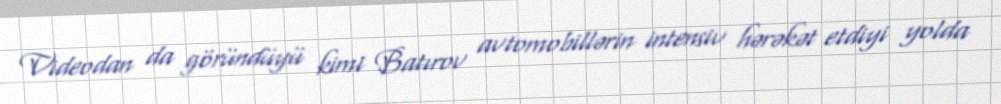
Videodan da göründüyü kimi Batırov avtomobillərin intensiv hərəkət etdiyi yolda